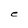
Character: e